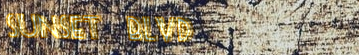
SUNSET BLVD